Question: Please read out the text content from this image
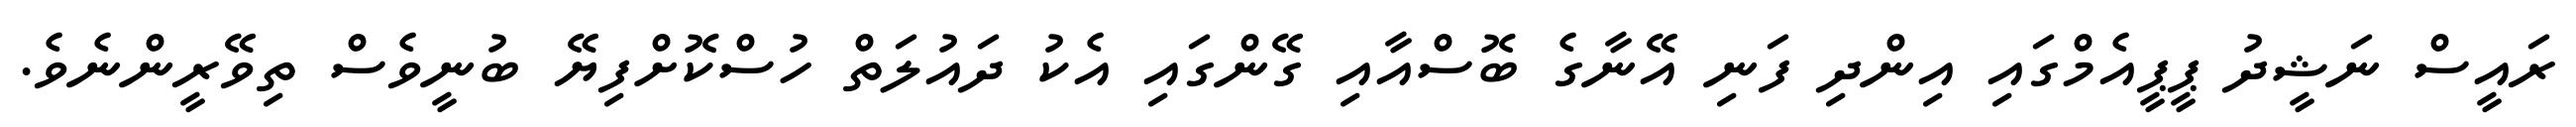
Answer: ރައީސް ނަޝީދު ޕީޕީއެމްގައި އިންދި ފަނި އޭނާގެ ބޮސްއާއި ގޭންގައި އެކު ދައުލަތް ހުސްކޮށްފިޔޭ ބުނީވެސް ތިވޭރީންނެވެ.